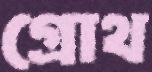
গ্রোথ